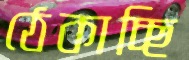
ঠেকাচ্ছি